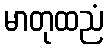
မာတုထညံ